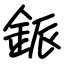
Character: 䤨